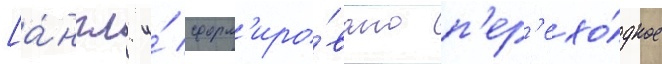
[а́нгл. и́ сформ'иро́вано п'ер'ехо́дное